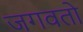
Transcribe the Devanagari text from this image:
जगवतो